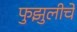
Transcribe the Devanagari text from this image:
फुझुलीचे